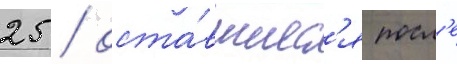
25 / оста́вшиес'я посл'е